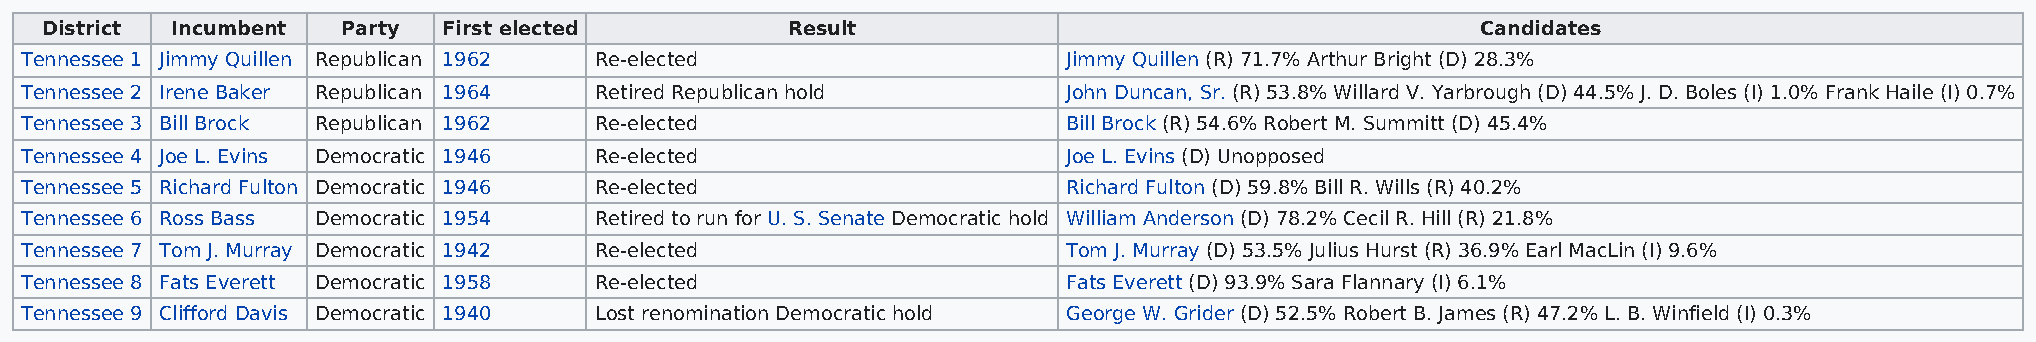
District Incumbent  Party First elected          Result                                        Candidates
 Tennessee 1 Jimmy Quillen Republican 1962 Re-elected                  Jimmy Quillen (R) 71.7% Arthur Bright (D) 28.3%
 Tennessee 2 Irene Baker Republican 1964 Retired Republican hold       John Duncan, Sr. (R) 53.8% Willard V. Yarbrough (D) 44.5% J. D. Boles (I) 1.0% Frank Haile (I) 0.7%
 Tennessee 3 Bill Brock Republican 1962 Re-elected                     Bill Brock (R) 54.6% Robert M. Summitt (D) 45.4%
 Tennessee 4 Joe L. Evins Democratic 1946 Re-elected                   Joe L. Evins (D) Unopposed
 Tennessee 5 Richard Fulton Democratic 1946 Re-elected                 Richard Fulton (D) 59.8% Bill R. Wills (R) 40.2%
 Tennessee 6 Ross Bass Democratic 1954 Retired to run for U. S. Senate Democratic hold William Anderson (D) 78.2% Cecil R. Hill (R) 21.8%
 Tennessee 7 Tom J. Murray Democratic 1942 Re-elected                  Tom J. Murray (D) 53.5% Julius Hurst (R) 36.9% Earl MacLin (I) 9.6%
 Tennessee 8 Fats Everett Democratic 1958 Re-elected                   Fats Everett (D) 93.9% Sara Flannary (I) 6.1%
 Tennessee 9 Clifford Davis Democratic 1940 Lost renomination Democratic hold George W. Grider (D) 52.5% Robert B. James (R) 47.2% L. B. Winfield (I) 0.3%